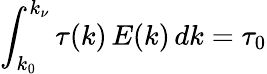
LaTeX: \int_{k_{0}}^{k_{\nu}}\tau(k)\, E(k)\, dk=\tau_{0}